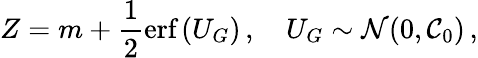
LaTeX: Z=m+\frac{1}{2}\textrm{erf}\left(U_{G}\right)\, ,\quad U_{G}\sim\mathcal{N}(0,\mathcal{C}_{0})\, ,